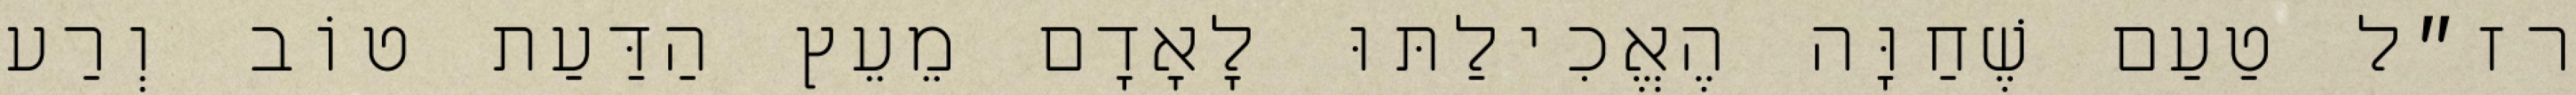
רז״ל טַעַם שֶׁחַוָּה הֶאֱכִילַתּוּ לָאָדָם מֵעֵץ הַדַּעַת טוֹב וְרַע